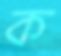
ক